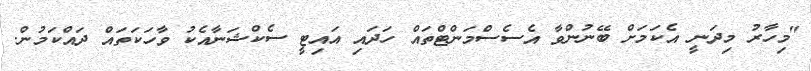
"މިހާރު މިދަނީ އެކަމަށް ބޭނުންވާ އެސެސްމަންޓްތައް ހަދައި އައިޓީ ސެކްޝަނާއެކު ވާހަކަތައް ދައްކަމުން.